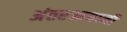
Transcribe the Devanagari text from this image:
अंतरआयामी